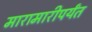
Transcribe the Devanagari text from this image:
मारामारीपर्यंत